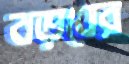
বড়ঘের